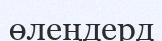
өлеңдерд